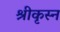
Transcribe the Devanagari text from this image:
श्रीकृस्‍न